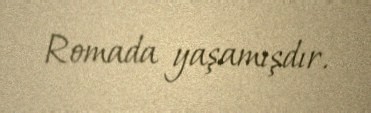
Romada yaşamışdır.